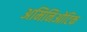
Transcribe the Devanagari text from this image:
अमिनिओटिक